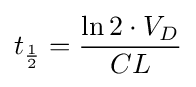
t_{\frac {1}{2}}={\frac {{\ln 2}\cdot {V_{D}}}{CL}}